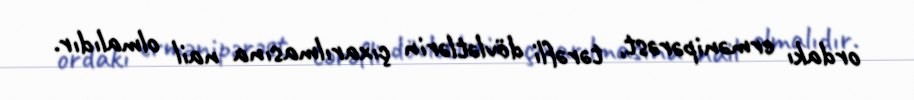
ordakı ermənipərəst, tərəfli dövlətlərin çıxarılmasına nail olmalıdır.